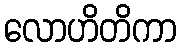
လောဟိတိကာ